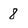
Character: 8